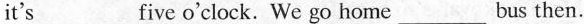
it's ___ five o'clock. We go home ___ bus then.